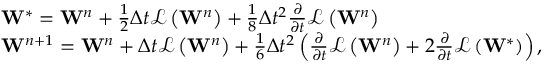
\begin{array} { r l } & { { { \mathbf { W } } ^ { * } } = { { \mathbf { W } } ^ { n } } + \frac { 1 } { 2 } \Delta t \mathcal { L } \left( { { \mathbf { W } } ^ { n } } \right) + \frac { 1 } { 8 } \Delta { { t } ^ { 2 } } \frac { \partial } { \partial t } \mathcal { L } \left( { { \mathbf { W } } ^ { n } } \right) } \\ & { { { \mathbf { W } } ^ { n + 1 } } = { { \mathbf { W } } ^ { n } } + \Delta t \mathcal { L } \left( { { \mathbf { W } } ^ { n } } \right) + \frac { 1 } { 6 } \Delta { { t } ^ { 2 } } \left( \frac { \partial } { \partial t } \mathcal { L } \left( { { \mathbf { W } } ^ { n } } \right) + 2 \frac { \partial } { \partial t } \mathcal { L } \left( { { \mathbf { W } } ^ { * } } \right) \right) , } \end{array}